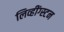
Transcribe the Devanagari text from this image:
लिव्हींग्स्टन